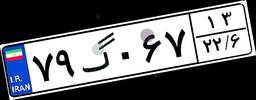
۴۴گ۹۲۵۹۰